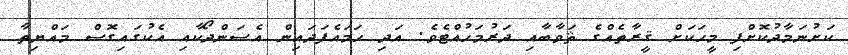
ކަށުނަމާދުކޮށްފި މީހަކަށް ޤީރާތެއްގެ ޘަވާބާއި ދަރުމަހުއްޓެވެ. އަދި ހަމައެފަދައިން އެސަންދޯކާއި އެކުގައިގޮސް މައްޔިތާ